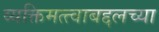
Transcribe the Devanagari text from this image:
व्यक्तिमत्त्वाबद्दलच्या